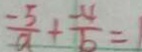
\frac { - 5 } { a } + \frac { - 4 } { b } =